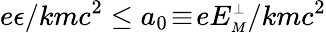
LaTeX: e\epsilon/kmc^{2}\le a_{0}\! \equiv\! eE_{\scriptscriptstyle M}^{\scriptscriptstyle\perp}/kmc^{2}